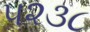
૫૨૩૮